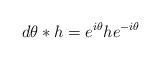
LaTeX: \begin{align*} d\theta *h = e^{i \theta} h e^{-i\theta}\end{align*}